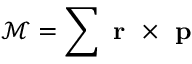
\mathcal { M } = \sum \textbf { r } \times \textbf { p }